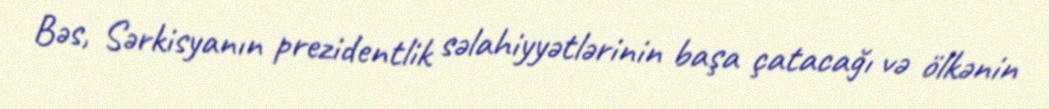
Bəs, Sərkisyanın prezidentlik səlahiyyətlərinin başa çatacağı və ölkənin